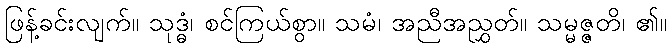
ဖြန့်ခင်းလျက်။ သုဒ္ဓံ၊ စင်ကြယ်စွာ။ သမံ၊ အညီအညွှတ်။ သမ္မဇ္ဇတိ၊ ၏။